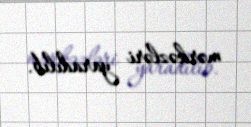
mərkəzləri yaradılıb.